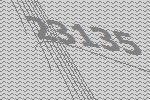
23135